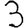
Digit: 3